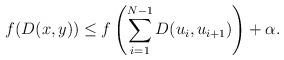
LaTeX: \begin{align*}f(D(x,y))\leq f\left(\sum_{i=1}^{N-1} D(u_i,u_{i+1})\right)+\alpha.\end{align*}